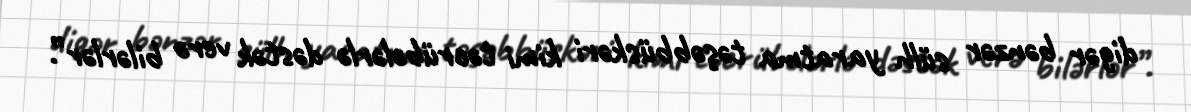
digər bənzər sülh yaratma təşəbbüskəri kimi təcrübələrlə dəstək verə bilərlər”.